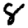
Digit: 8